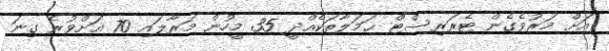
އަށް މަރުވެގެން ޓެރަރިސްޓް ޙަމަލާތަކެއްދީ 35 މީހުން މަރާލައި 70 އަށްވުރެ ގިނަ